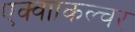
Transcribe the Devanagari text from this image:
एक्वााकल्चर